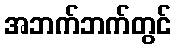
အဘက်ဘက်တွင်